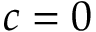
c = 0